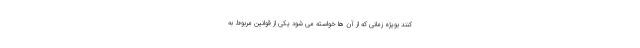
کنند بویژه زمانی که از آن ها خواسته می شود یکی از قوانین مربوط به